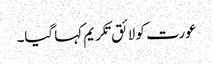
عورت کو لائق تکریم کہا گیا۔